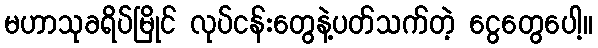
မဟာသုခရိပ်မြိုင် လုပ်ငန်းတွေနဲ့ပတ်သက်တဲ့ ငွေတွေပေါ့။